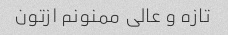
تازه و عالی ممنونم ازتون